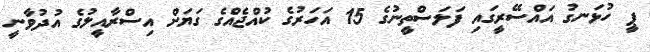
ޕީ ހުޅަނގު އައްސޭރީގައި ފަލަސްތީނުގެ 15 އަހަރުގެ ކުއްޖެއްގެ ގަޔަށް އިސްރާއީލުގެ އުދުވާނީ